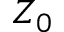
Z _ { 0 }